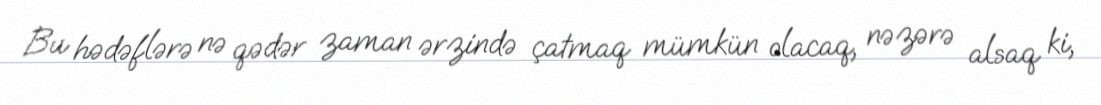
Bu hədəflərə nə qədər zaman ərzində çatmaq mümkün olacaq, nəzərə alsaq ki,